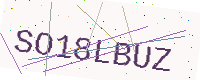
Text: SO18LBUZ